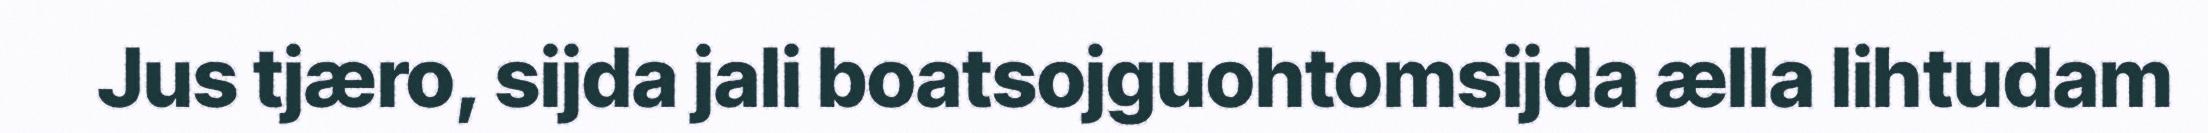
Jus tjæro, sijda jali boatsojguohtomsijda ælla lihtudam